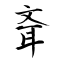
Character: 斊